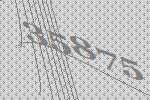
35875